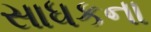
સાધકના